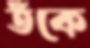
তঁকে